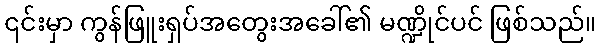
၎င်းမှာ ကွန်ဖြူးရှပ်အတွေးအခေါ်၏ မဏ္ဍိုင်ပင် ဖြစ်သည်။